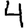
Digit: 4